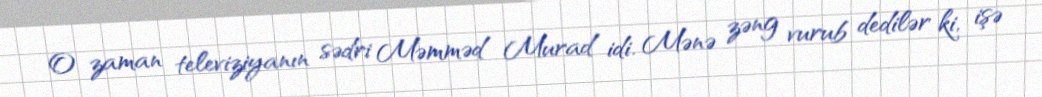
O zaman televiziyanın sədri Məmməd Murad idi. Mənə zəng vurub dedilər ki, işə